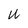
Character: W